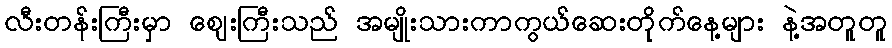
လီးတန်းကြီးမှာ ဈေးကြီးသည် အမျိုးသားကာကွယ်ဆေးတိုက်နေ့များ နဲ့အတူတူ